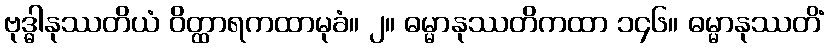
ဗုဒ္ဓါနုဿတိယံ ဝိတ္ထာရကထာမုခံ။ ၂။ ဓမ္မာနုဿတိကထာ ၁၄၆။ ဓမ္မာနုဿတိံ